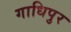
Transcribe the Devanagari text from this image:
गाधिपुर